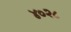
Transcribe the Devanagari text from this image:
४०२८